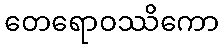
တေရောဝဿိကော